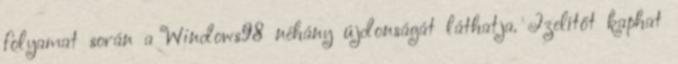
folyamat során a Windows98 néhány újdonságát láthatja. Ízelítőt kaphat